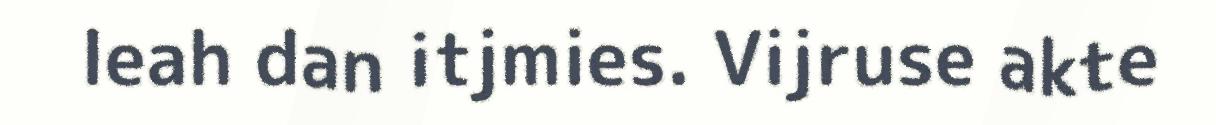
leah dan itjmies. Vijruse akte